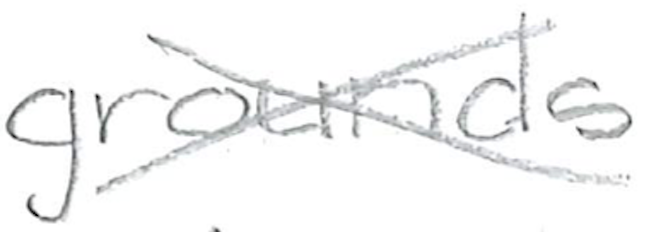
Text: grounds
Cross-out: cross
Writing tool: pencil